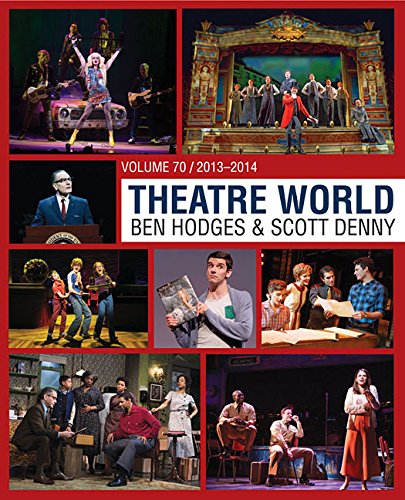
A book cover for Theatre World Volume 70: 2013-2014; Reference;